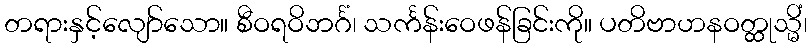
တရားနှင့်လျော်သော။ စီဝရဝိဘင်္ဂံ၊ သင်္ကန်းဝေဖန်ခြင်းကို။ ပတိဗာဟနဝတ္ထုသ္မိံ၊